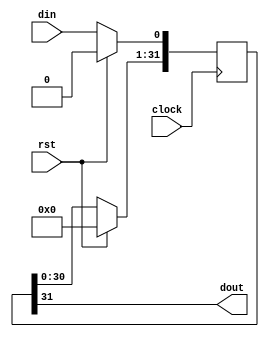
module inv_shift_reg
(
    din,
    dout,
    clock,
    rst
);

    input din;
    output dout;

    input clock;
    input rst;

    reg [31:0] s_reg;

    always @ (posedge clock)
        if(rst)
            s_reg <= 32'b0;
        else
            begin
                s_reg[31:1] <= s_reg[30:0];
                s_reg[0] <= din;
            end

    assign dout = s_reg[31];

endmodule